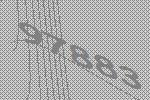
97883